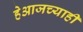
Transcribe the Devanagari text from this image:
हेआजच्याही